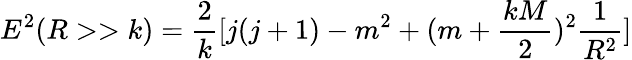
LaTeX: E^{2}(R>>k)=\frac{2}{k}[j(j+1)-m^{2}+(m+\frac{kM}{2})^{2}\frac{1}{R^{2}}]